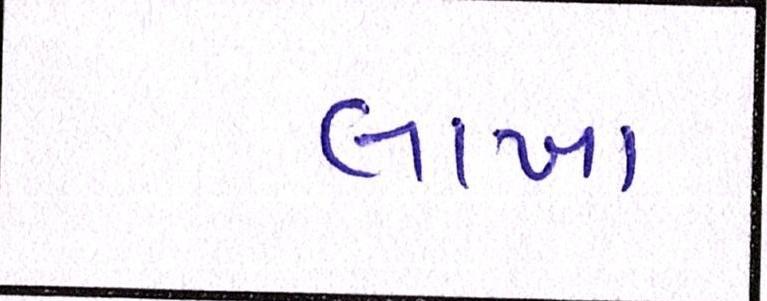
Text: લાખા